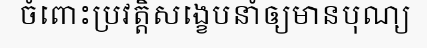
ចំពោះប្រវត្តិសង្ខេបនាំឲ្យមានបុណ្យ